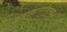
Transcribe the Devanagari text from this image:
रजाकाराविरुद्ध